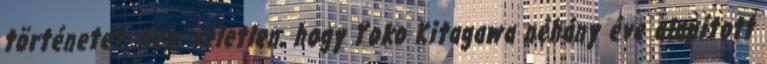
történetet. Nem véletlen, hogy Yoko Kitagawa néhány éve alapított